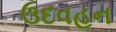
ઉદવહન